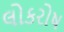
લોકરોષ